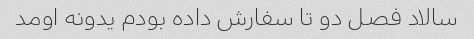
سالاد فصل دو تا سفارش داده بودم یدونه اومد